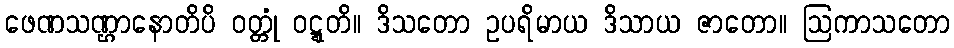
ဖေဏသဏ္ဌာနောတိပိ ဝတ္တုံ ဝဋ္ဋတိ။ ဒိသတော ဥပရိမာယ ဒိသာယ ဇာတော။ ဩကာသတော